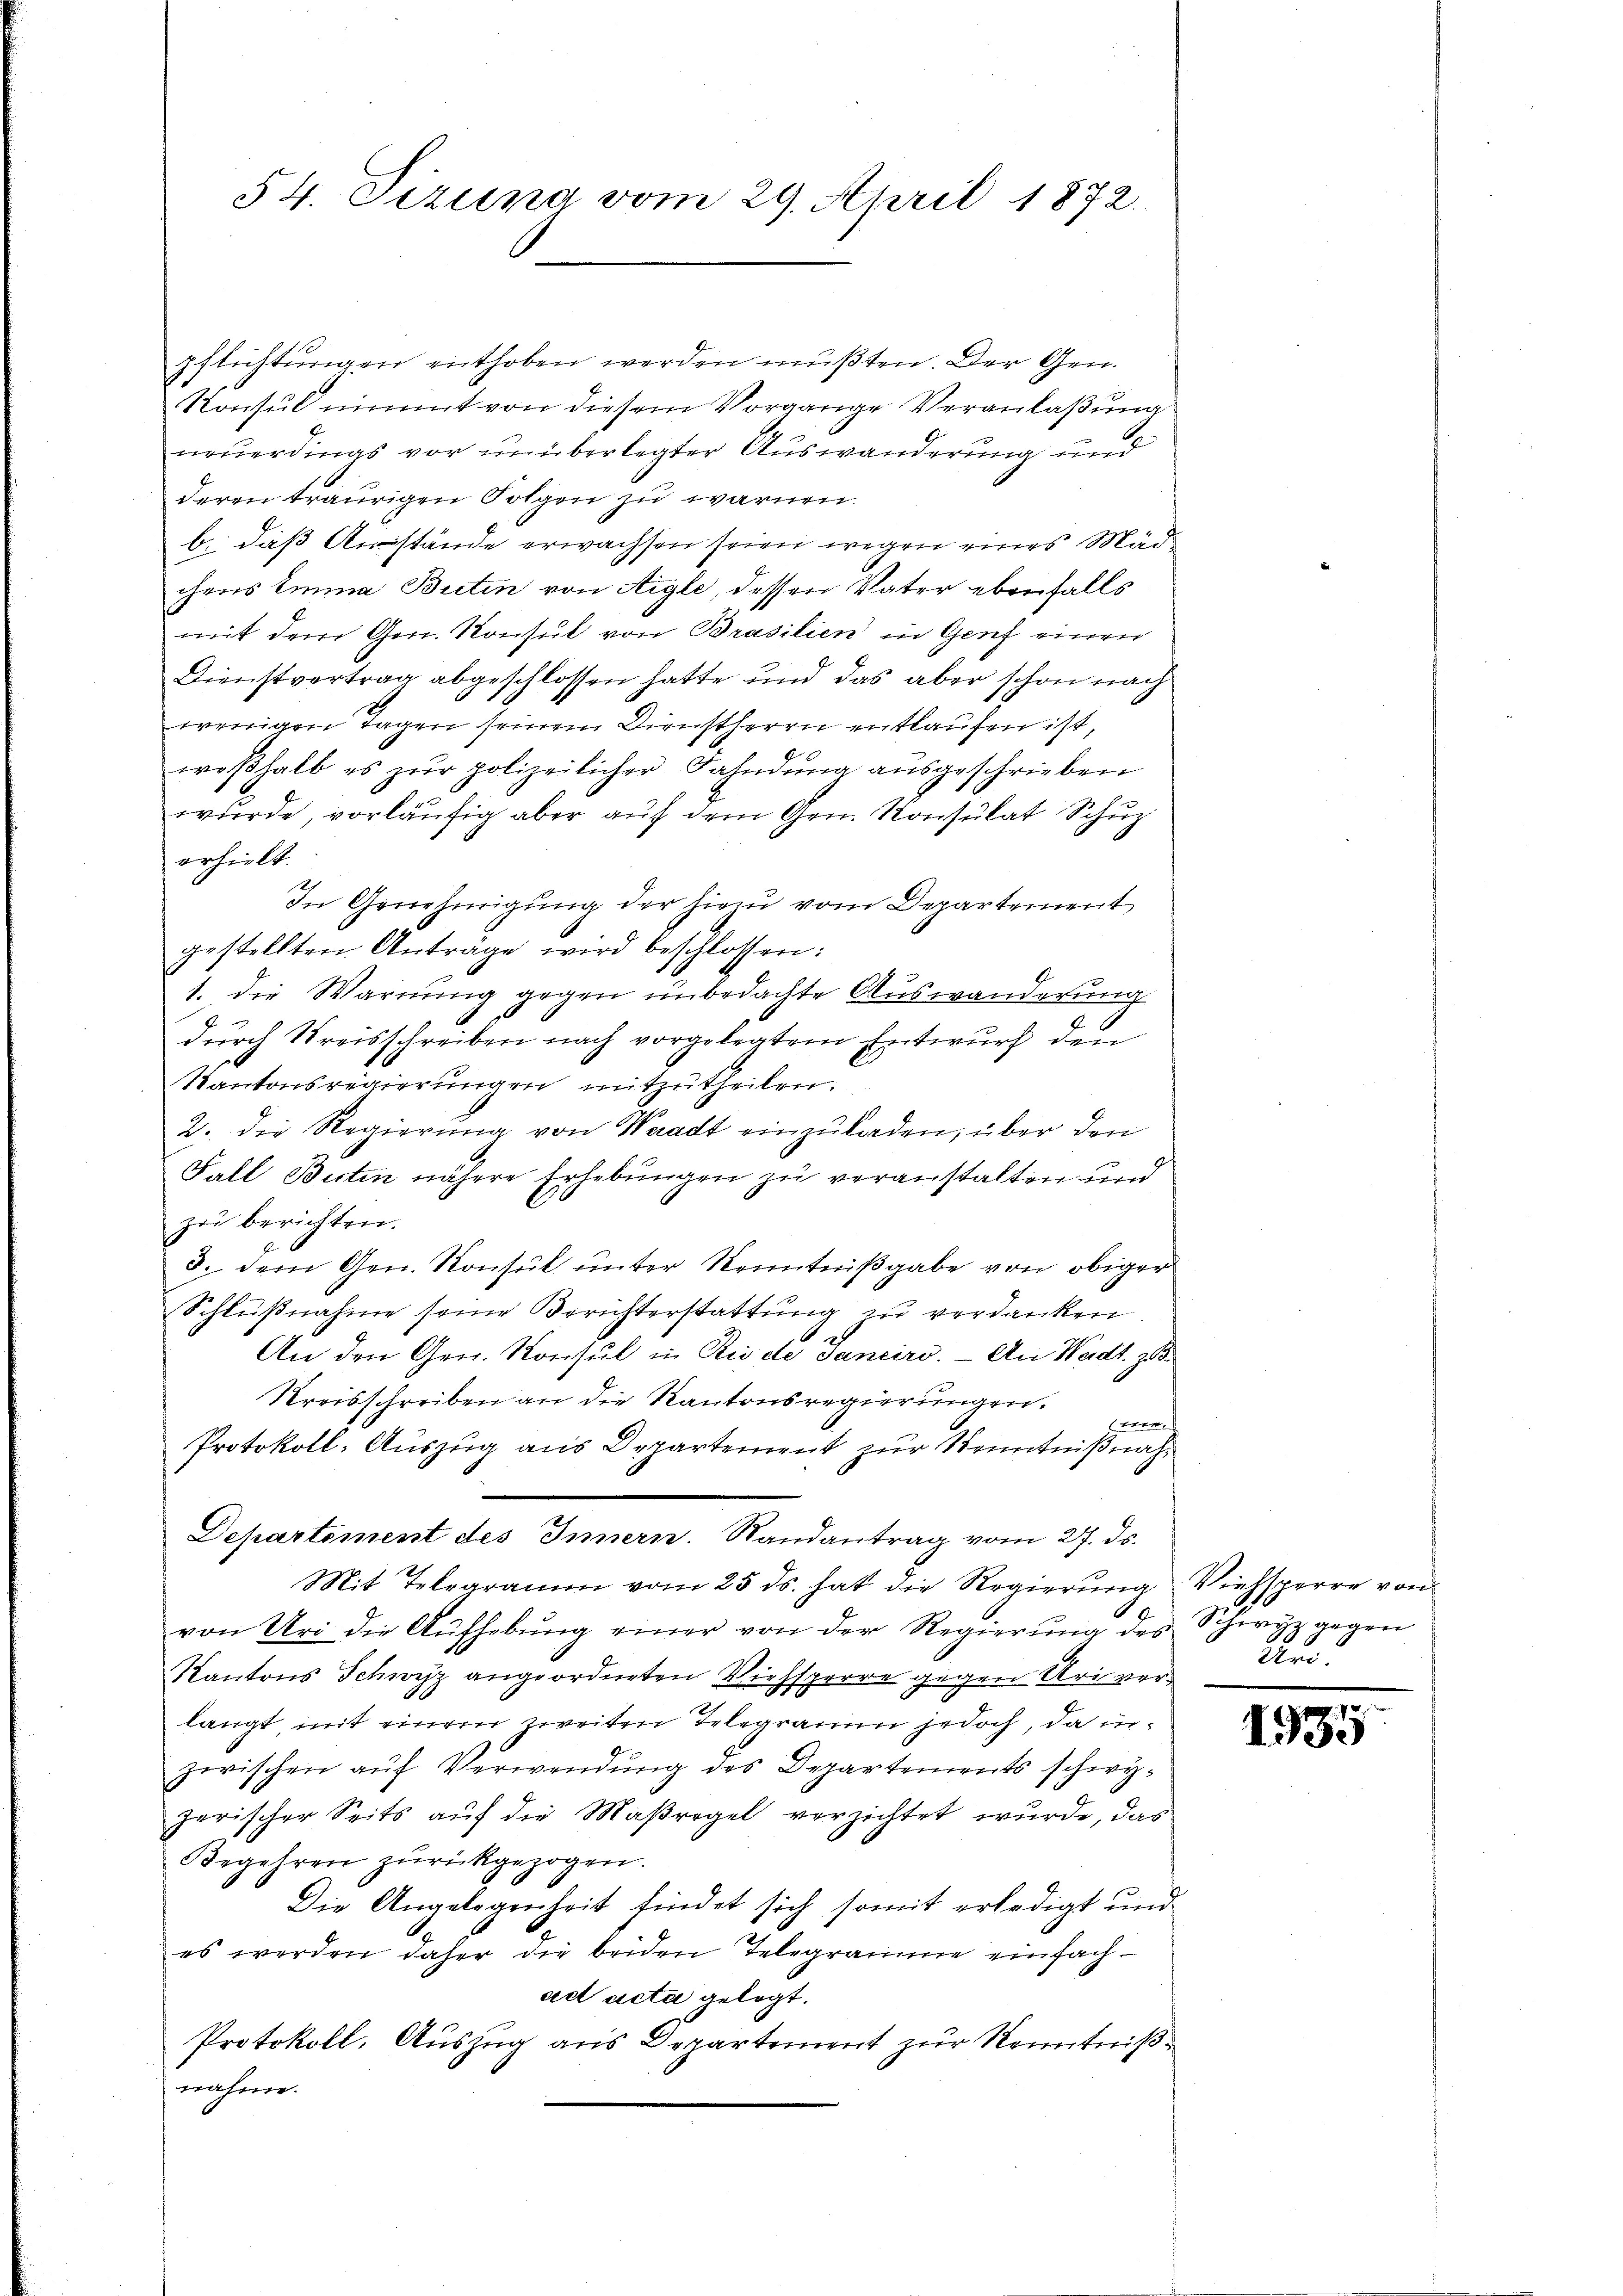
54. Sizung vom 29. April 1872.

pflichtungen enthoben werden müßten. Der Gen.
Konsul nimmt von diesem Vorgange Veranlaßung
neuerdings vor unüberlegter Auswanderung und
deren traurigen Folgen zu warnen.
b. daß Austände erwachsen seien wegen eines Mädchens Emma Bietin von Aigle, dessen Vater ebenfalls
mit dem Gen. Konsul von Brasilien in Genf einen
Dienstvertrag abgeschlossen hatte und das aber schon nach
wenigen Tagen seinem Dienstherrn entlaufen ist,
woβhalb es zŭr polizeilicher Fahndŭng aŭsgeschrieben
wurde, vorläufig aber auf dem Gen. Konsulat Schu
erhielt.
In Genehmigung der hier vom Departement
gestellten Anträge wird beschlossen:
1. die Warnung gegen unbedachte Auswanderung
durch Kreisschreiben nach vorgelegtem Entwurf den
Kantonsregierungen mitzutheilen.
2. die Regierŭng von Waadt einzŭladen, über den
Fall Burtin nähere Erhebungen zu veranstalten und
zu berichten.
3. dem Gen. Konsul unter Kenntnißgabe von obiger
Schlußnahme seine Berichterstattung zu verdanken
An den Gen. Konsul in Riede Sanciri. — An Waadt, z.
Kreisschreiben an die Kantonsregierungen.
(wer.
Protokoll. Auszug aus Departement zur Kenntnißnah¬
.
Departement des Innern. Randantrag vom 27. ds.
Mit Telegramm vom 25. ds. hat die Regierung
von Uri die Aufhebung einer von der Regierung des Schwyz gegen
Kantons Schwyz angeordneten Viehsperre gegen Uri verlangt, mit einem zweiten Telegraum jedoch, da inzwischen auf Verwendung des Departements schwyzerischer Seits auf die Maßregel verzichtet wurde, das
Begehren zŭrückgezogen.
Die Angelegenheit findet sich somit erledigt und
es werden daher die beiden Telegramme einfachad acta gelegt.
Protokoll, Auszug aus Departement zur Kenntnißnahme.

Viehsperre von
Uri.

1935